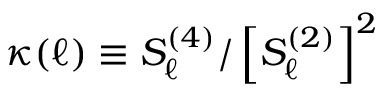
\kappa ( \ell ) \equiv S _ { \ell } ^ { ( 4 ) } / \left[ S _ { \ell } ^ { ( 2 ) } \right] ^ { 2 }